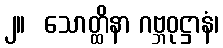
၂။  သောတ္ထိနာ ဂဗ္ဘဝုဋ္ဌာနံ၊